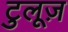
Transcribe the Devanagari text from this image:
टुलूज़